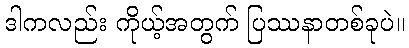
ဒါကလည်း ကိုယ့်အတွက် ပြဿနာတစ်ခုပဲ။